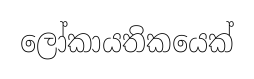
ලෝකායතිකයෙක්